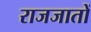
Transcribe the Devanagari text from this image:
राजजातों